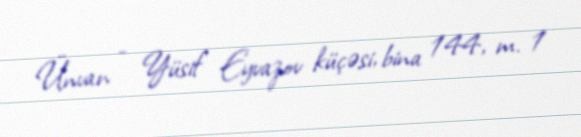
Ünvan - Yüsif Eyvazov küçəsi, bina 144, m. 1